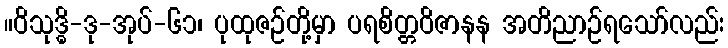
။ဝိသုဒ္ဓိ-ဒု-အုပ်-၆၁၊ ပုထုဇဉ်တို့မှာ ပရစိတ္တဝိဇာနန အတိညာဉ်ရသော်လည်း